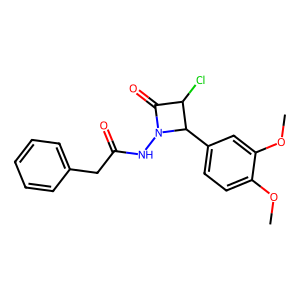
SMILES: COc1ccc(C2C(Cl)C(=O)N2NC(=O)Cc2ccccc2)cc1OC
Inhibits HIV replication: No